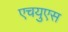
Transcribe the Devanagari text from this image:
एचयुएस